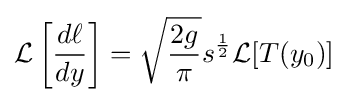
{\mathcal {L}}\left[{\frac {d\ell }{dy}}\right]={\sqrt {\frac {2g}{\pi }}}s^{\frac {1}{2}}{\mathcal {L}}[T(y_{0})]